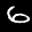
Digit: 6